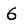
Digit: 6